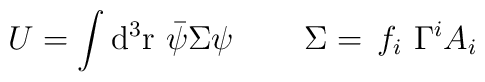
U=\int {\rm d}^3{\rm r}\,\,\bar \psi \/\Sigma \psi \,\qquad \Sigma=\,f_i\,\,\Gamma ^iA_i